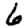
Digit: 6